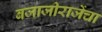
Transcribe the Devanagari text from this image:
बजाजीराजेंचा